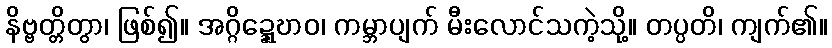
နိဗ္ဗတ္တိတွာ၊ ဖြစ်၍။ အဂ္ဂိဍ္ဍ္ဎောဝ၊ ကမ္ဘာပျက် မီးလောင်သကဲ့သို့။ တပ္ပတိ၊ ကျက်၏။